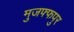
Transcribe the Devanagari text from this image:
मुजफ्फपुर